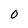
Character: 0